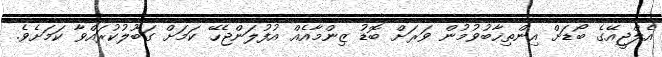
އެލްޖީއޭގެ ބޯޑަށް އިންތިޚާބުވުމުން ވަރަށް ބޮޑު ޒިންމާއެއް އުފުލަންޖެހޭ ކަމަށް ގަބޫލުކުރައްވާ ކަމަށެވެ.